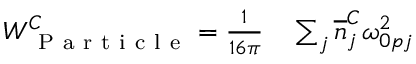
\begin{array} { r l } { W _ { \mathrm { ~ P ~ a ~ r ~ t ~ i ~ c ~ l ~ e ~ } } ^ { C } = \frac { 1 } { 1 6 \pi } } & { { } \sum _ { j } \overline { n } _ { j } ^ { C } \omega _ { 0 p j } ^ { 2 } } \end{array}